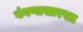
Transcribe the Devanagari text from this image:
वंगणासारखा